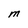
Character: M